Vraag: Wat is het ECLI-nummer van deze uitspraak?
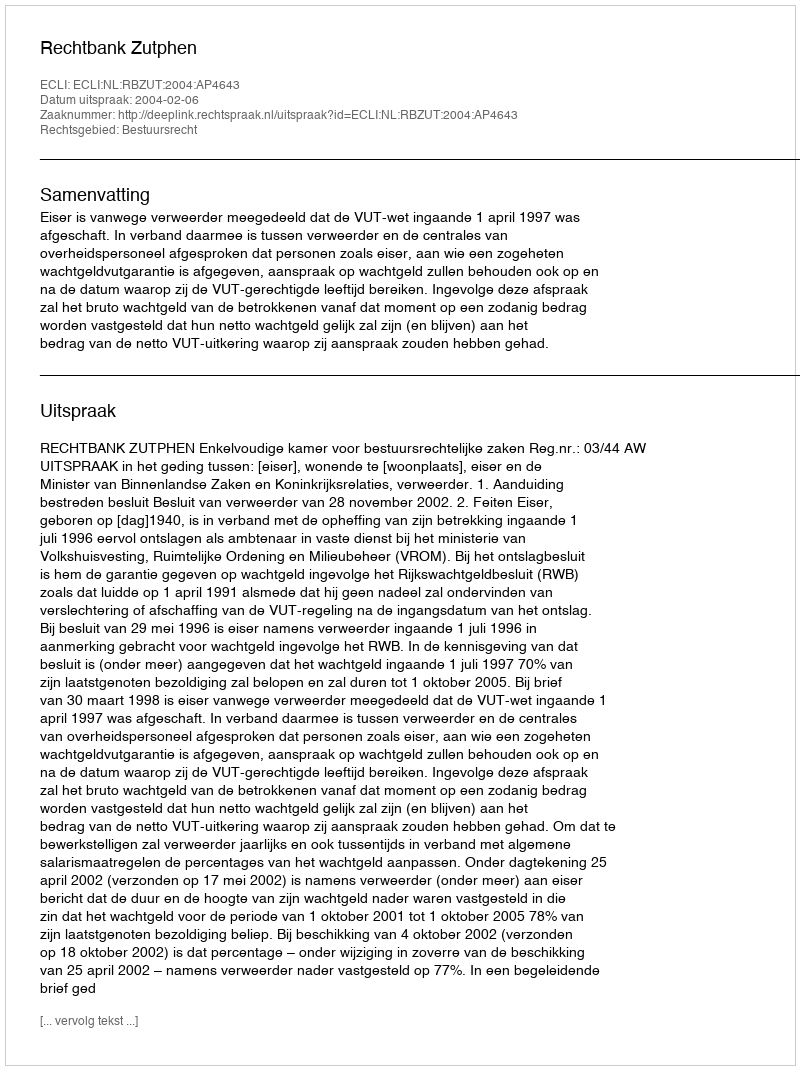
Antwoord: ECLI:NL:RBZUT:2004:AP4643